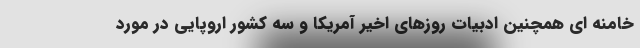
خامنه ای همچنین ادبیات روزهای اخیر آمریکا و سه کشور اروپایی در مورد